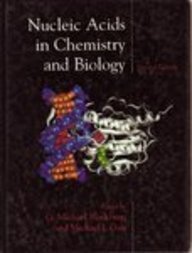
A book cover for Nucleic Acids in Chemistry and Biology; Science & Math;